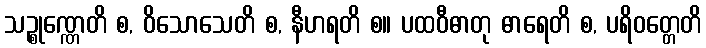
သဉ္စုဏ္ဏေတိ စ, ဝိသောသေတိ စ, နီဟရတိ စ။ ပထဝီဓာတု ဓာရေတိ စ, ပရိဝတ္တေတိ